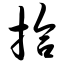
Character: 拾